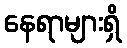
နေရာများရှိ